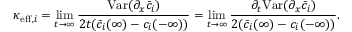
\kappa _ { \mathrm { e f f } , i } = \operatorname* { l i m } _ { t \rightarrow \infty } \frac { \mathrm { V a r } ( \partial _ { x } \bar { c } _ { i } ) } { 2 t ( \bar { c } _ { i } ( \infty ) - c _ { i } ( - \infty ) ) } = \operatorname* { l i m } _ { t \rightarrow \infty } \frac { \partial _ { t } \mathrm { V a r } ( \partial _ { x } \bar { c } _ { i } ) } { 2 ( \bar { c } _ { i } ( \infty ) - c _ { i } ( - \infty ) ) } .